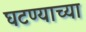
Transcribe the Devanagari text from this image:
घटण्याच्या